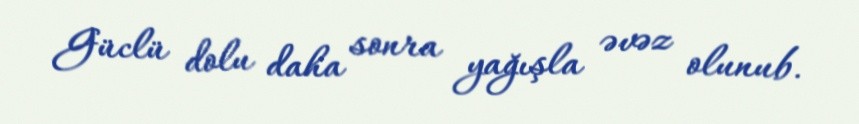
Güclü dolu daha sonra yağışla əvəz olunub.